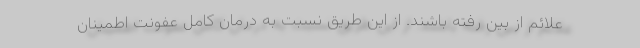
علائم از بین رفته باشند. از این طریق نسبت به درمان کامل عفونت اطمینان